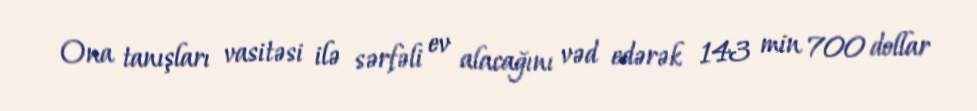
Ona tanışları vasitəsi ilə sərfəli ev alacağını vəd edərək 143 min 700 dollar